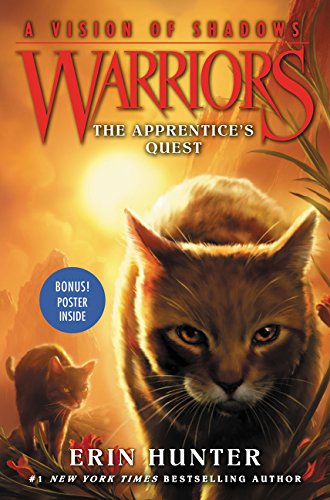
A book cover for Warriors: A Vision of Shadows #1: The Apprentice's Quest; Erin Hunter; Children's Books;